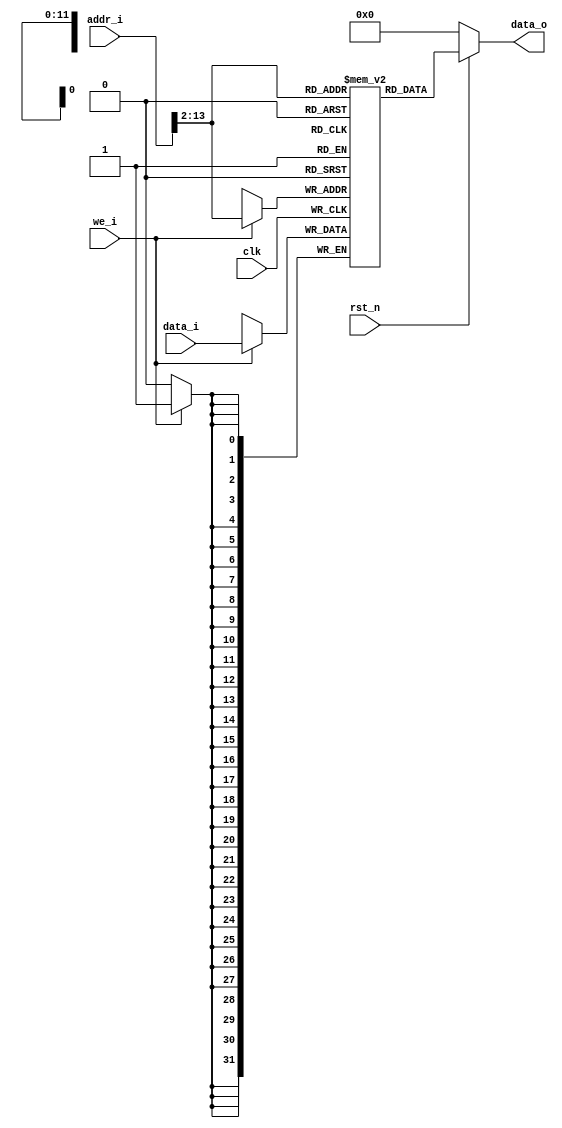
module ram (
    input clk   ,
    input rst_n ,
    input wire we_i,                   // write enable
    input wire[31:0] addr_i,    // addr
    input wire[31:0] data_i,

    output reg[31:0] data_o         // read data

);

reg [31:0] _ram[0:4095];

// write
always @(posedge clk ) begin
    if(we_i) begin
        _ram[addr_i[31:2]] = data_i;
    end
end

// read
always @(*) begin
    if(!rst_n)begin
        data_o = 32'd0;
    end
    else begin
        data_o = _ram[addr_i[31:2]];
    end
end

endmodule